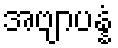
အဗျာပန္နံ